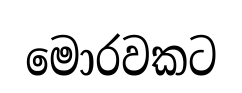
මොරවකට